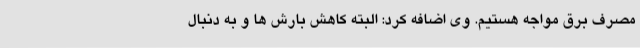
مصرف برق مواجه هستیم. وی اضافه کرد: البته کاهش بارش ها و به دنبال